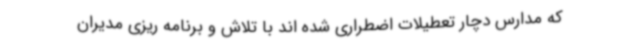
که مدارس دچار تعطیلات اضطراری شده اند با تلاش و برنامه ریزی مدیران